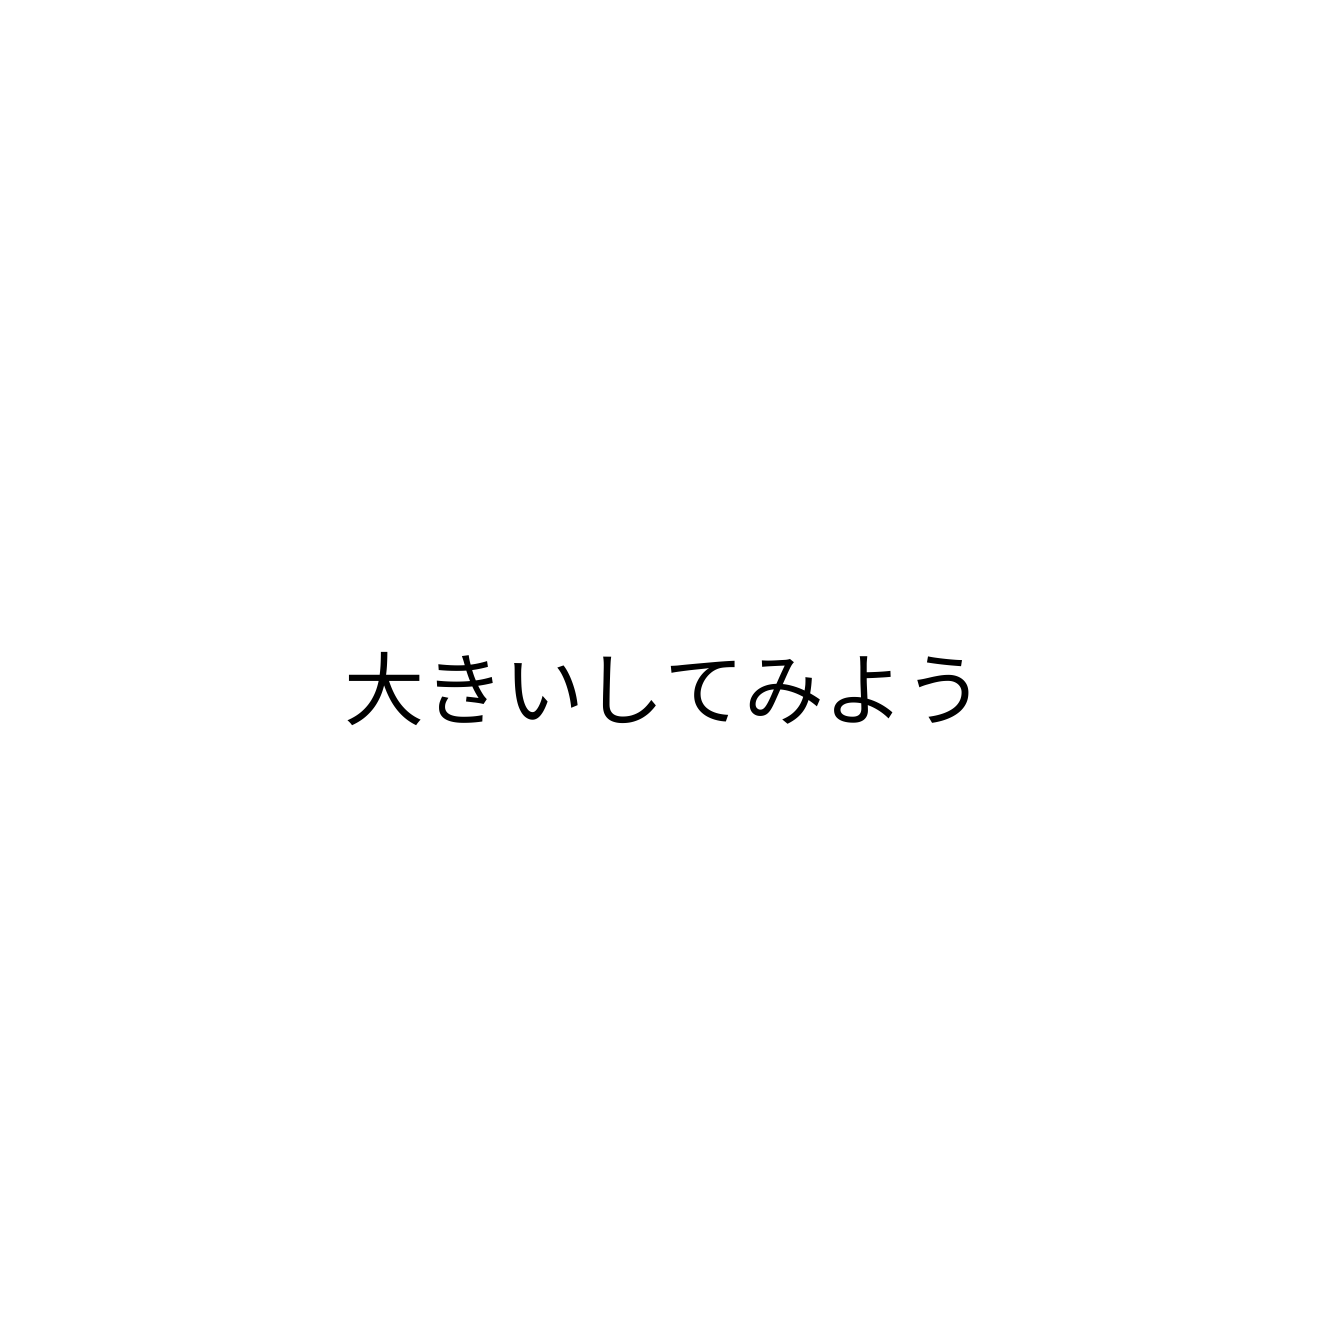
大きいしてみよう